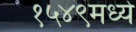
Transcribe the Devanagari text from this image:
१५४९मध्ये